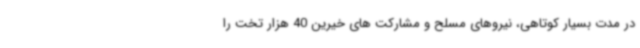
در مدت بسیار کوتاهی، نیروهای مسلح و مشارکت های خیرین 40 هزار تخت را